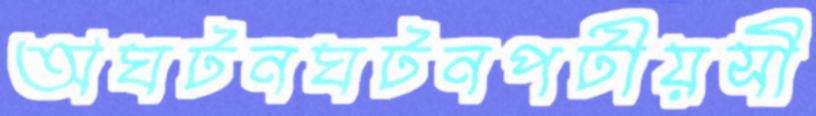
অঘটনঘটনপটীয়সী